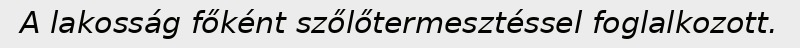
A lakosság főként szőlőtermesztéssel foglalkozott.